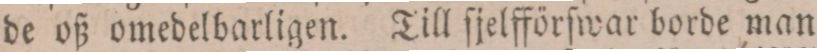
de oß omedelbarligen. Till ſjelfförſwar borde man